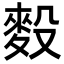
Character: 𪌓